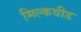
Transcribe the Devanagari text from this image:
मिल्कवीड